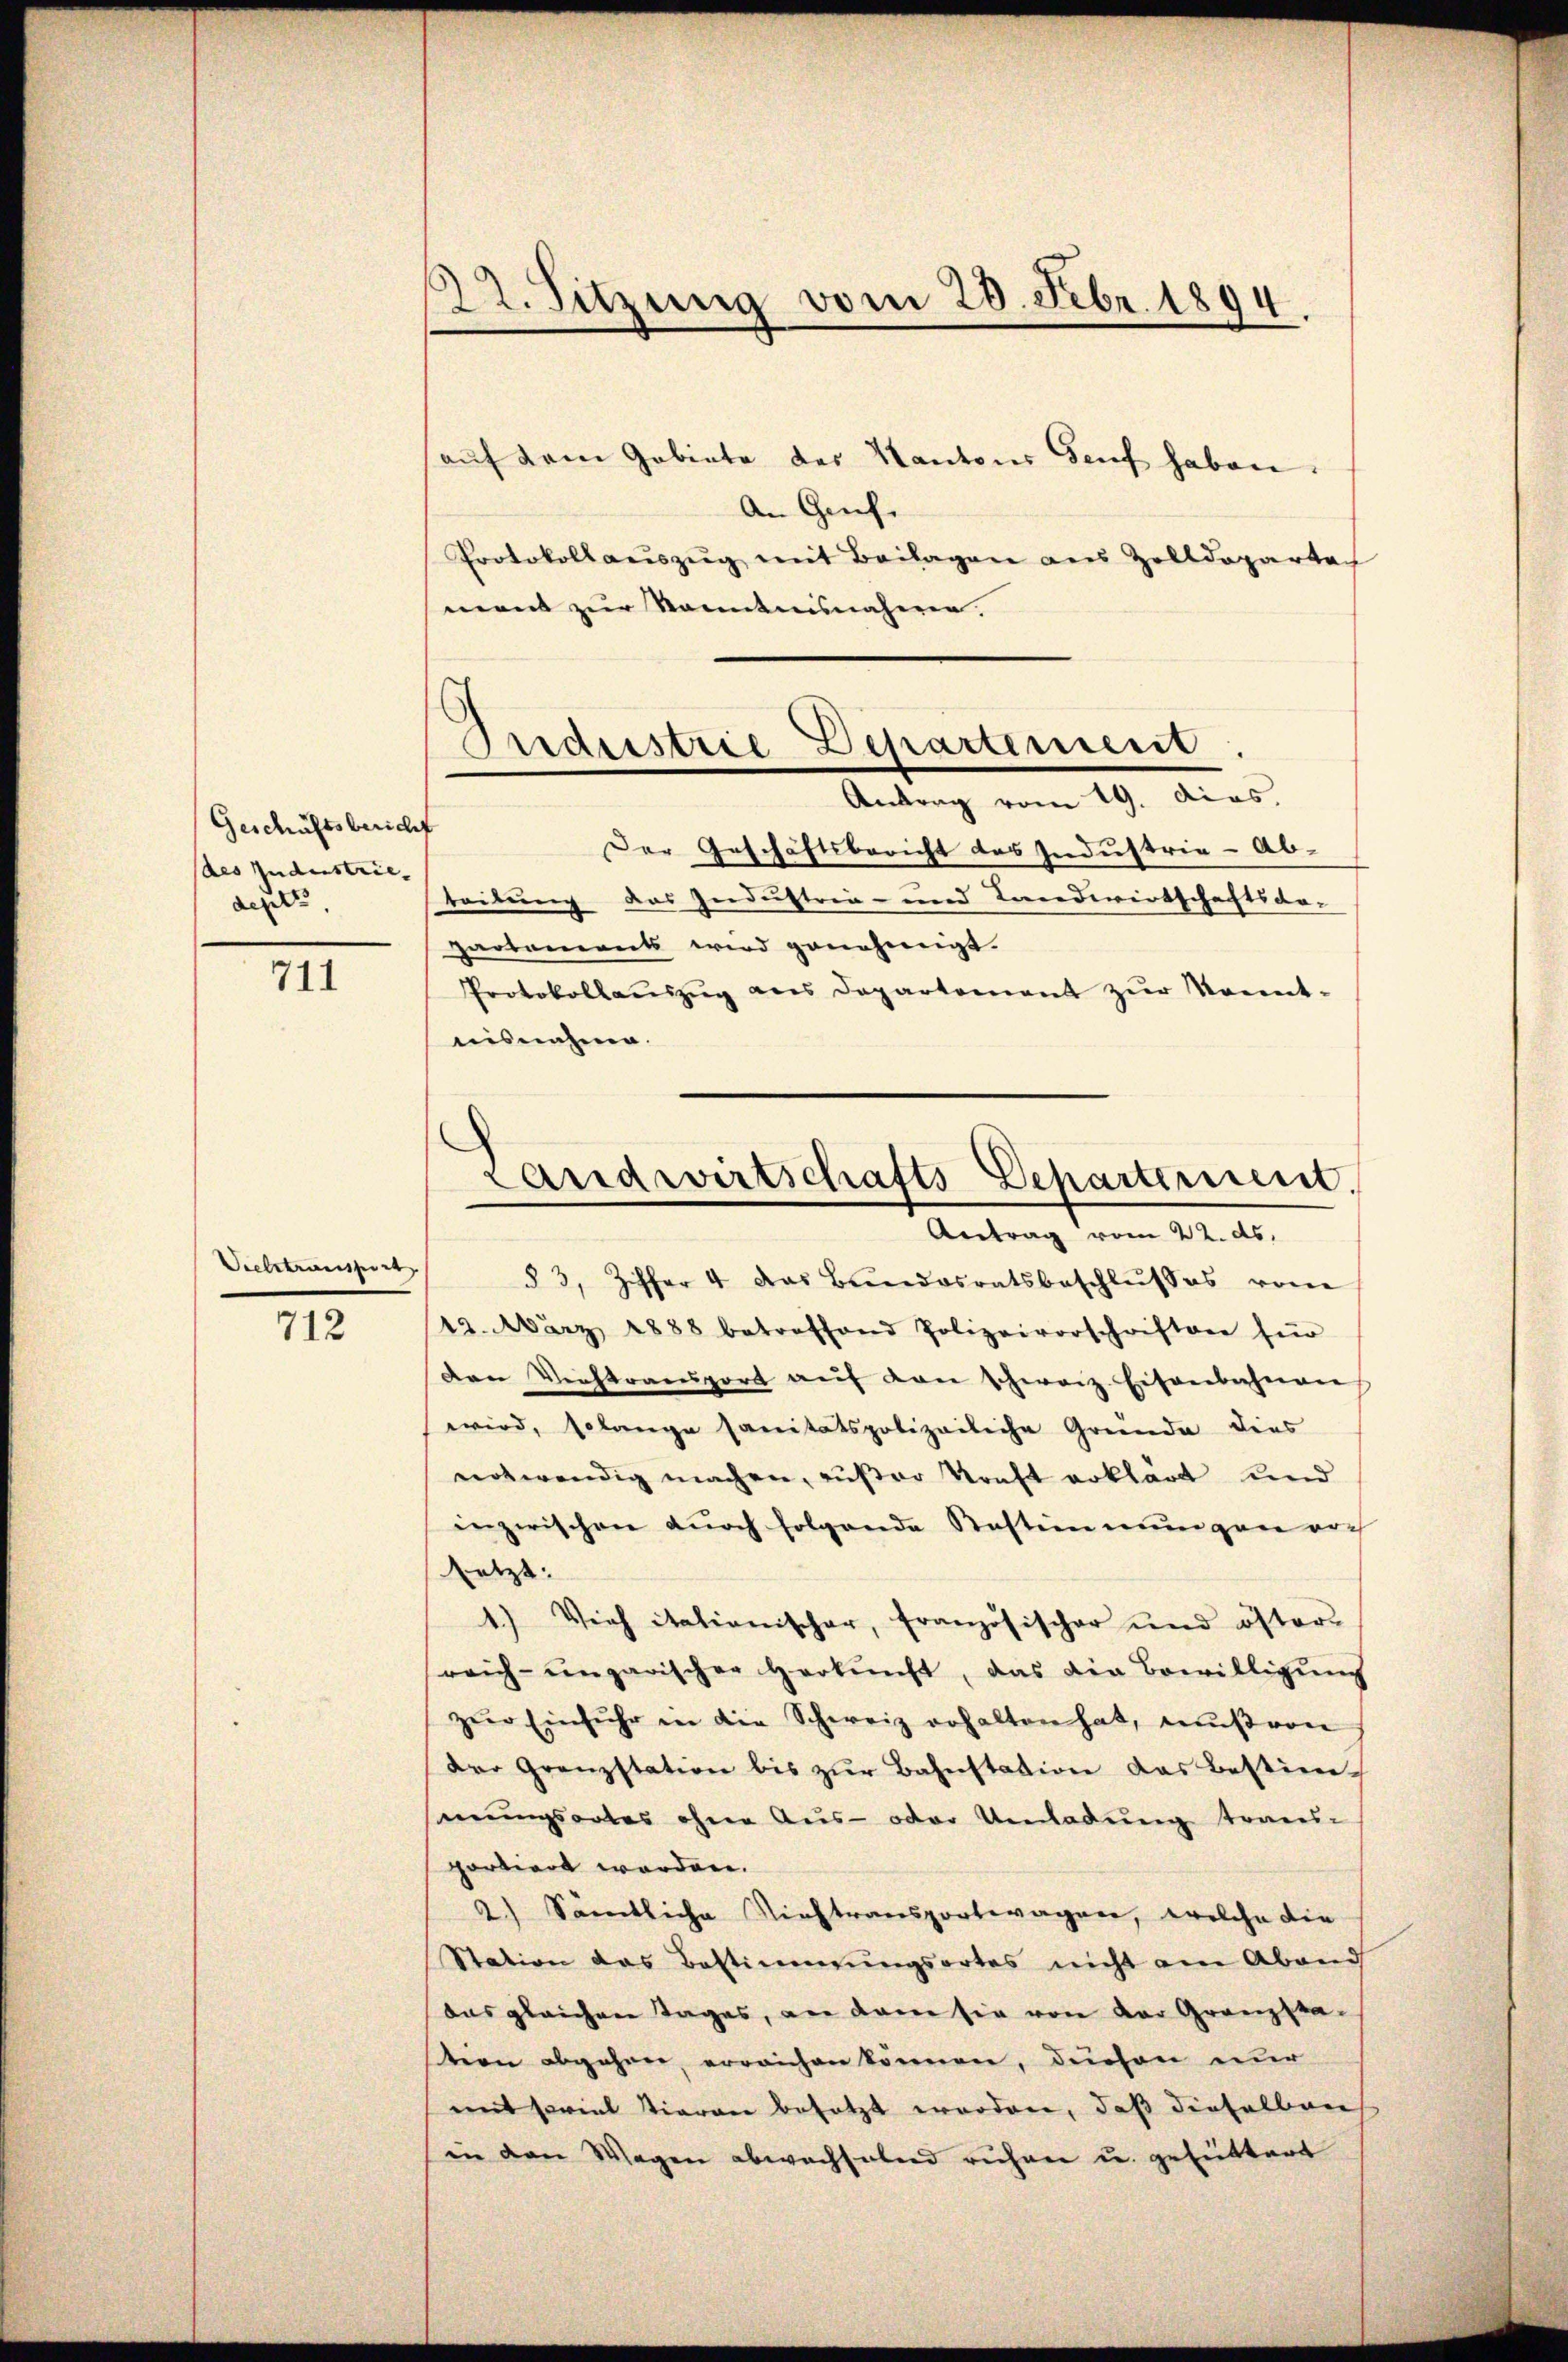
Geschäftsbericht
(des Industrie-
depts,

711

Vielstransport

712

22. Sitzung vom 28. Febr. 1894.

auf dem Gebiete der Kantons Genf haben.
An Genf.
Protokollaŭszŭg mit Beilagen aus Zolldeparta
ment zur Kenntnisnahmen.

Industrie Departement.
Antrag vom 19. dias.

Der Geschäftsbericht des Industrie-Ab-
beitung das Zendustrin- und Landwirtschaftsar-
partements wird genehmigt.
Protokollaŭszŭg ans Departement zŭr Monnt-
nisnahme.

12. März 1888 betreffend Polizeivorschriften für
Den Viehtransport aŭf den schweiz. Eisenbahnen
wird, solange sanitätspolizeiliche Gründe dies
notwendig machen, außer Kraft erklärt und
inzwischen durch folgende Restimmungen noch
setzt:
1) Vieh itationischer, französischer und öster-
reich ungarischer Herkunft, das die Bewilligŭng
zŭr Einfuhr in die Schweiz erhalten hat, muß von
der Grenzstation bis zŭr Bahnstation das Bestim-
mŭngsortes ohne Aŭs- oder Umladŭng trans-
portiert worden.
2.) Sämtliche Viehtransportwagner, welche die
Station das Bestimmungsortes nicht am Abend
das gleichen Tages, an dem sie von der Gränz(...)-
tion abgehen, erreichen können, durchen nur
mit soviel Tieren besetzt worden, daß dieselben
in den Wegen abwachselnd ruhen u. gefuttert

Landwirtschafts Departement.
Antrag vom 22. ds.
§ 3, Ziffer 4 das Bundesratsbeschlŭsses vom